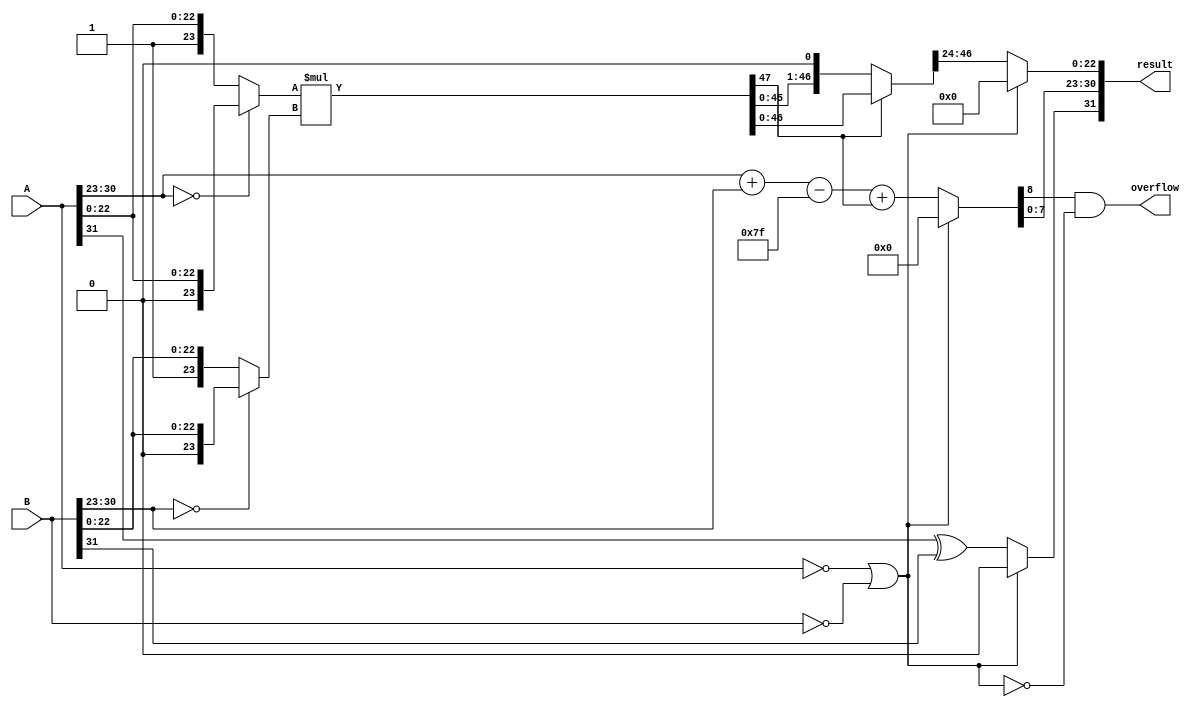
module fpMultiplier (
    input [31:0] A,
    input [31:0] B,
    output [31:0] result,
    output overflow
);

wire SR,zeroFlag;

wire [8:0] ER;
wire [23:0] MA,MB;
wire [47:0] mantissasProduct,mantissaProductNormalized;
wire [22:0] MR;

assign zeroFlag = (A == 32'b0) || (B == 32'b0);
assign SR = zeroFlag ? 0 : (A[31] ^ B[31]);
assign MA[23:0] = (A[30:23] == 8'b0) ? {1'b0,A[22:0]} : {1'b1,A[22:0]};          
assign MB[23:0] = (B[30:23] == 8'b0) ? {1'b0,B[22:0]} : {1'b1,B[22:0]};         
assign mantissasProduct = MA * MB;                      
assign mantissaProductNormalized = mantissasProduct[47] ?  mantissasProduct : (mantissasProduct << 1);         
assign MR = zeroFlag ? 0 : mantissaProductNormalized[46:24];      
assign ER = zeroFlag ? 0 : (A[30:23] + B[30:23] - 8'b01111111 + mantissasProduct[47]); 
assign overflow = (ER[8]) & !(zeroFlag); //exponent > 255
assign result = { SR,ER[7:0],MR }; 


endmodule

module genericRegister #(parameter N = 32) (
    input clk,reset,enable,
    input signed [N-1:0] in,
	output  reg signed[N-1:0] out
);
	always @(posedge clk)
		begin
			if (reset) 
				out <= 0;
			else if(enable)
				out <= in;
		end
endmodule

module registeredFPM #(parameter N = 32 ) (
    input clk,reset,enable,
    input signed [N-1:0] A, B,
    output signed [N-1:0] result,
    output overflow
);
wire [2*N-1:0] regAB;
wire [N-1:0] regOut;
wire regOverflow;

genericRegister #(64) AB (clk,reset,enable,{A,B}, regAB);
fpMultiplier fpMult (regAB[63:32], regAB[31:0], regOut, regOverflow);
genericRegister #(33) finalOutput (clk, reset, enable, {regOut, regOverflow}, {result, overflow});

endmodule